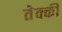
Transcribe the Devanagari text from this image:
तेक्की